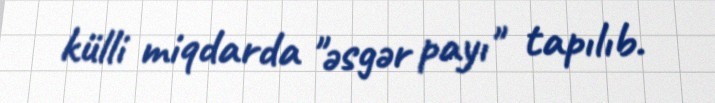
külli miqdarda "əsgər payı" tapılıb.